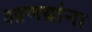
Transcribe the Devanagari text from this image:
आणय्रांना